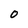
Character: O